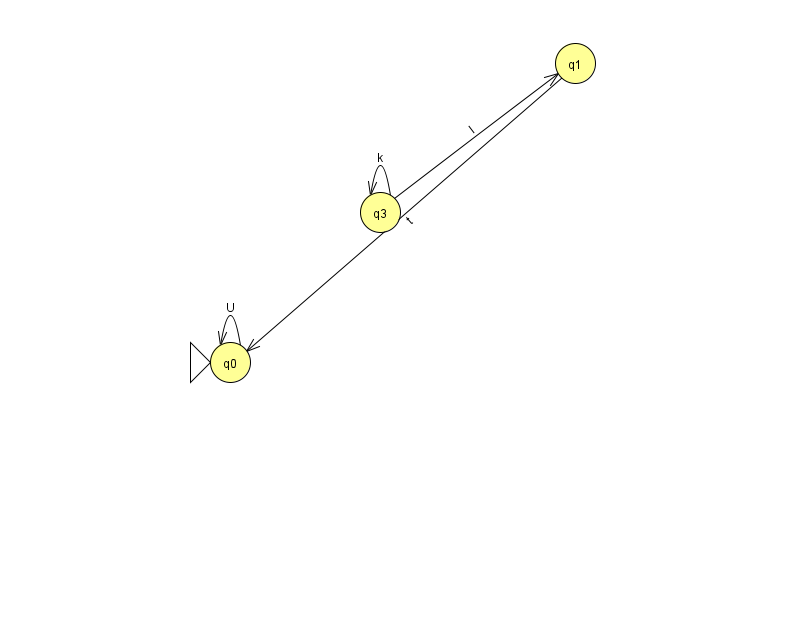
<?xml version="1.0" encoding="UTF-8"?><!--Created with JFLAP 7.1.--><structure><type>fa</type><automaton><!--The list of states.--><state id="0" name="q0"><x>230.0</x><y>349.0</y><initial/></state><state id="1" name="q1"><x>575.0</x><y>50.0</y></state><state id="3" name="q3"><x>380.0</x><y>199.0</y></state><!--The list of transitions.--><transition><from>0</from><to>0</to><read>U</read></transition><transition><from>3</from><to>1</to><read>l</read></transition><transition><from>1</from><to>0</to><read>t</read></transition><transition><from>3</from><to>3</to><read>k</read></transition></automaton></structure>